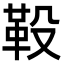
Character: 䩔